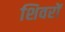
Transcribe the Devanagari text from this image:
शिवरों